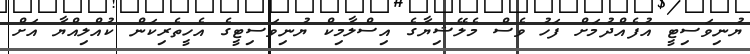
ޔުނިވަސިޓީ އުފެއްދުމަށް ފަހު ވެސް މެލޭޝިޔާގެ އިސްލާމިކް ޔުނިވަސިޓީގެ އެހީތެރިކަން ކުއްލިއްޔާ އަށް